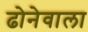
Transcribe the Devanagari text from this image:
ढोनेवाला